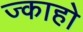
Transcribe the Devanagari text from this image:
ज्काहो